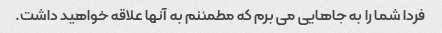
فردا شما را به جاهایی می برم که مطمئنم به آنها علاقه خواهید داشت.